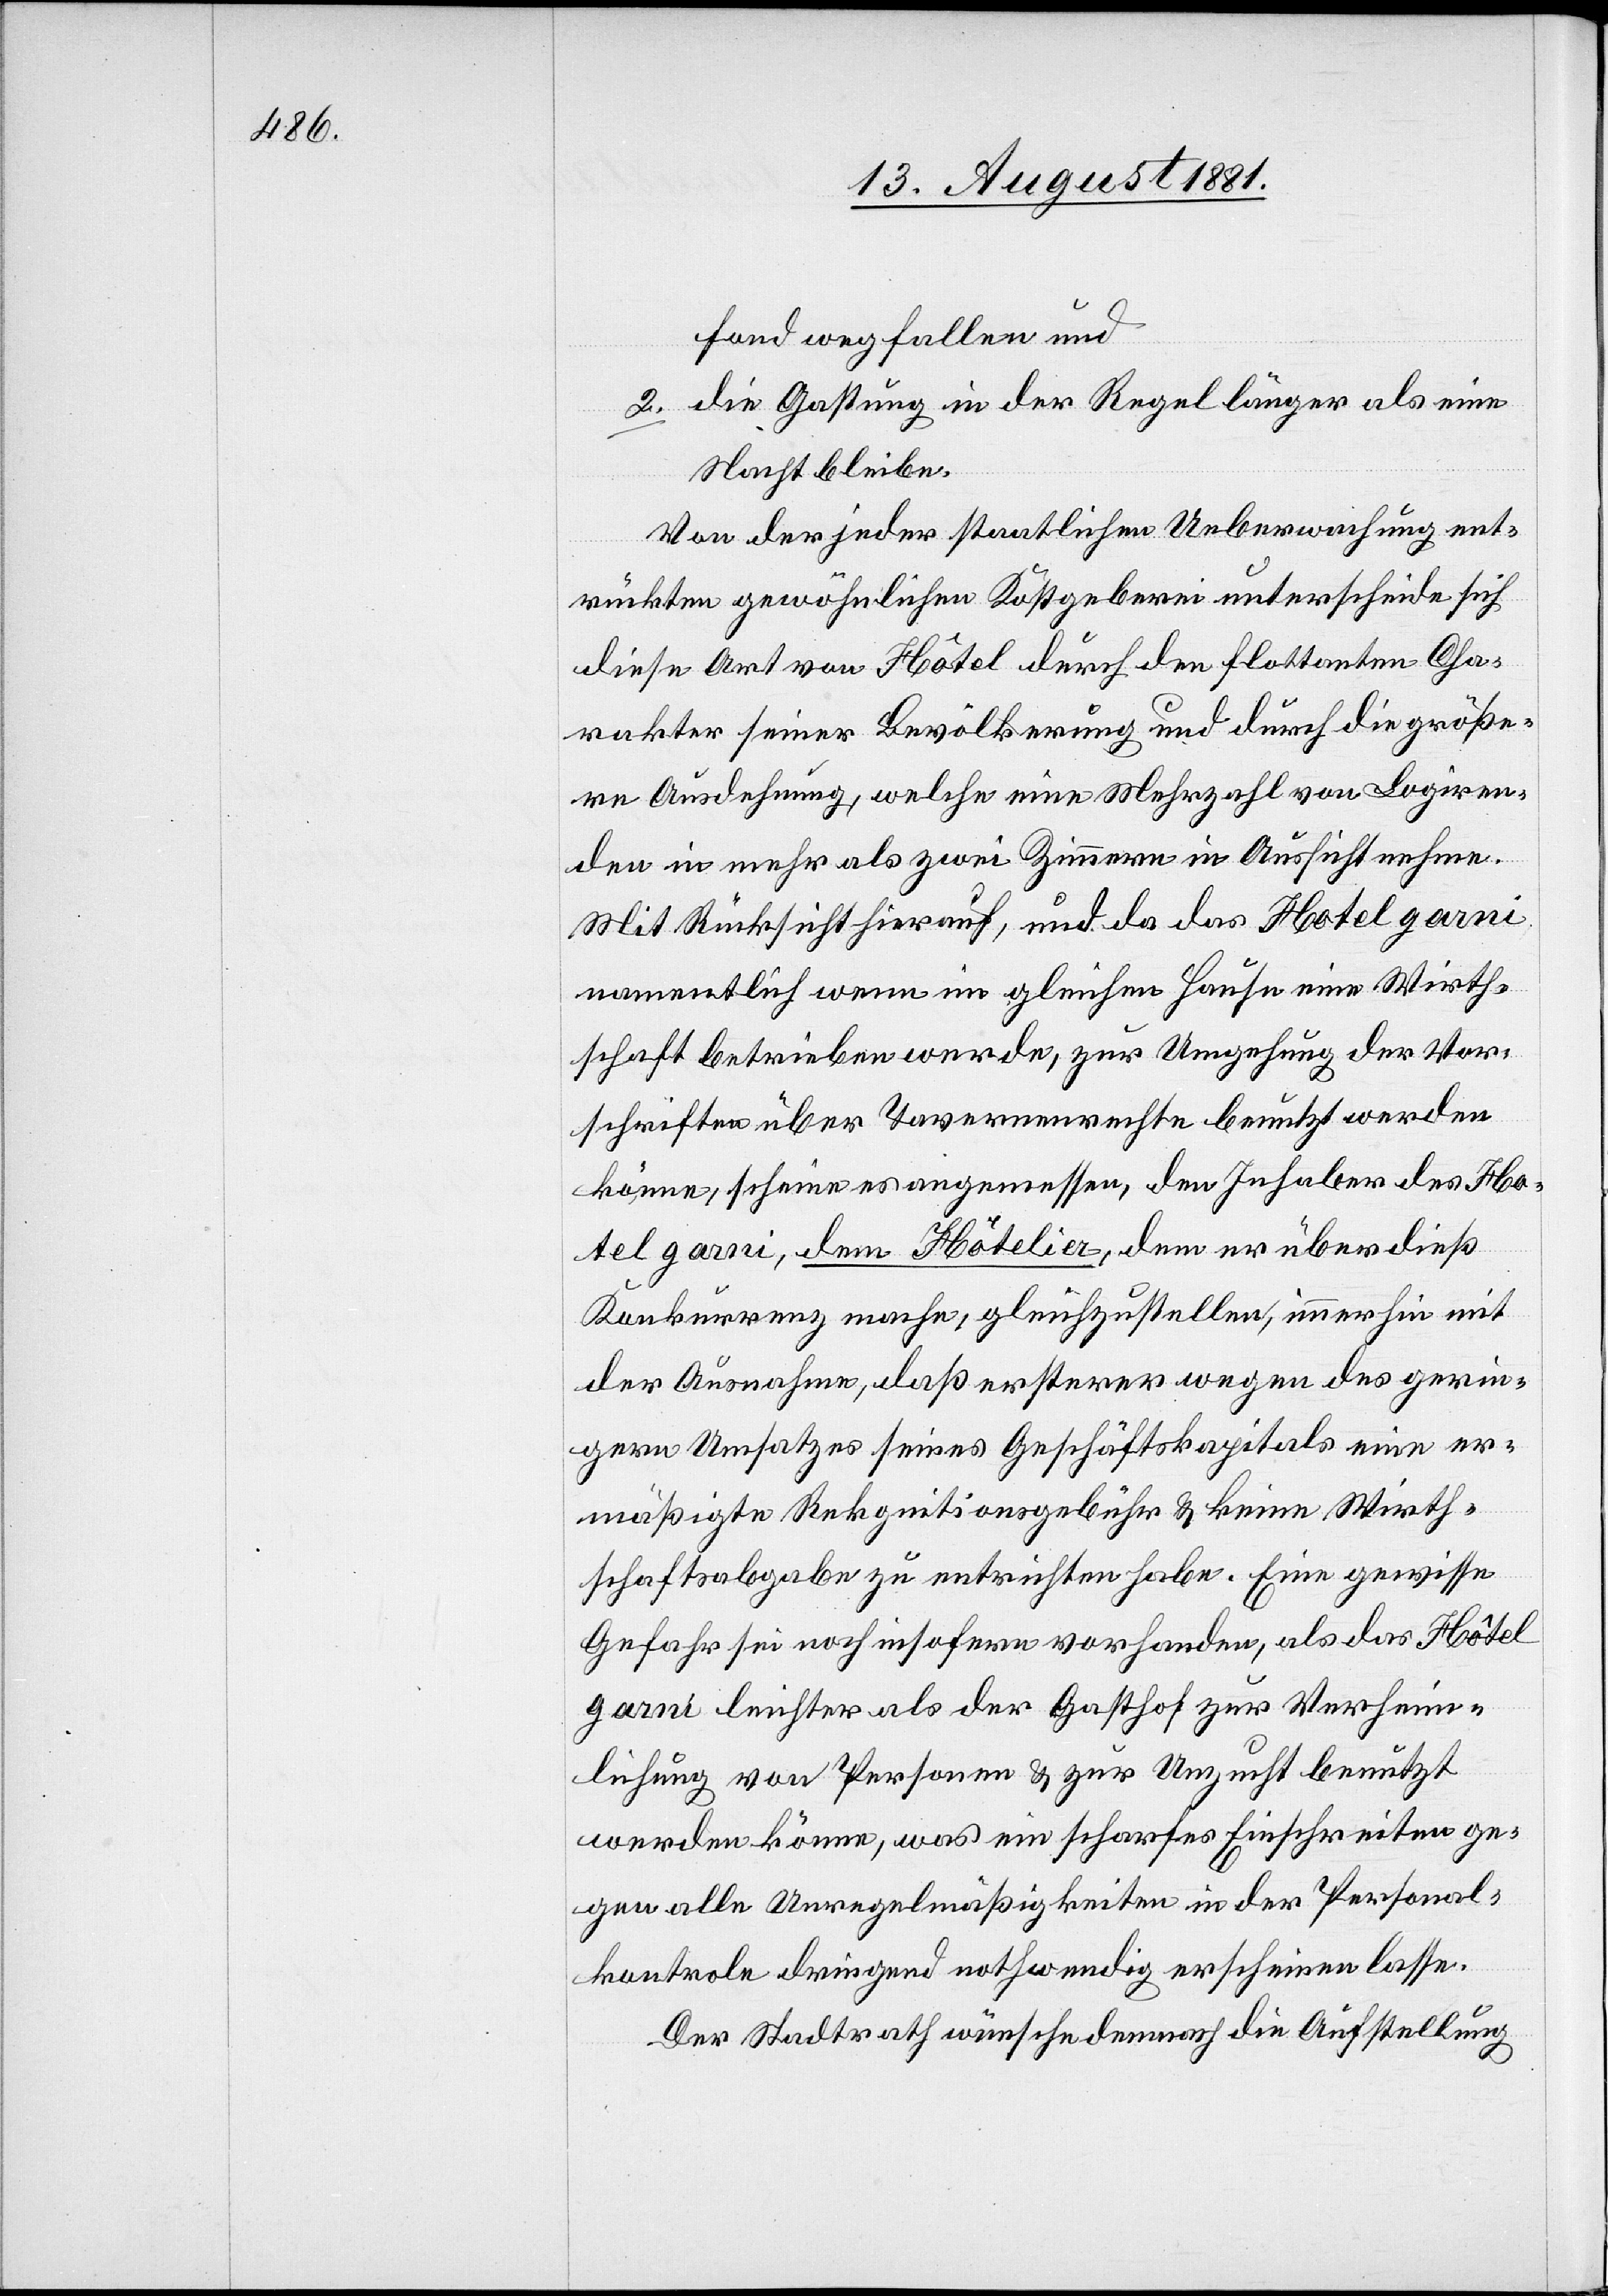
fond wegfallen und
2. die Gastung in der Regel länger als eine
Nacht bleiben.
Von der jeder staatlichen Ueberwachung ent¬
rückten gewöhnlichen Kostgeberei unterscheide sich
diese Art von Hôtel durch den flottanten Cha¬
rakter seiner Bevölkerung und durch die größe¬
re Ausdehnung, welche eine Mehrzahl von Logiren¬
den in mehr als zwei Zimmern in Aussicht nehme.
Mit Rücksicht hierauf, und da das Hotel garni
namentlich wenn im gleichen Hause eine Wirth¬
schaft betrieben werde, zur Umgehung der Vor¬
schriften über Tavernenrechte benutzt werden
könne, scheine es angemessen, den Inhaber des Ho¬
tel garni, dem Hôtelier, dem er überdieß
Konkurrenz mache, gleichzustellen, immerhin mit
der Ausnahme, daß ersterer wegen des gerin¬
gern Umsatzes seines Geschäftskapitals eine er¬
mäßigte Rek[o]gnitionsgebühr & keine Wirth¬
schaftsabgabe zu entrichten habe. eine gewisse
Gefahr sei noch insofern vorhanden, als das Hôtel
garni leichter als der Gasthof zur Verheim¬
lichung von Personen & zur Unzucht benutzt
werden könne, was ein scharfes Einschreiten ge¬
gen alle Unregelmäßigkeiten in der Personal¬
kontrole dringend nothwendig erscheinen lasse.
Der Stadtrath wünsche demnach die Aufstellung